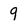
Character: 9